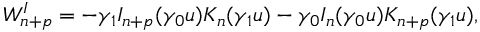
W _ { n + p } ^ { I } = - \gamma _ { 1 } I _ { n + p } ( \gamma _ { 0 } u ) K _ { n } ( \gamma _ { 1 } u ) - \gamma _ { 0 } I _ { n } ( \gamma _ { 0 } u ) K _ { n + p } ( \gamma _ { 1 } u ) ,